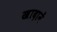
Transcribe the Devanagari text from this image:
खादानें